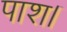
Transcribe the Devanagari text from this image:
पाश।